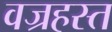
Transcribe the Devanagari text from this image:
वज्रहस्त